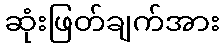
ဆုံးဖြတ်ချက်အား